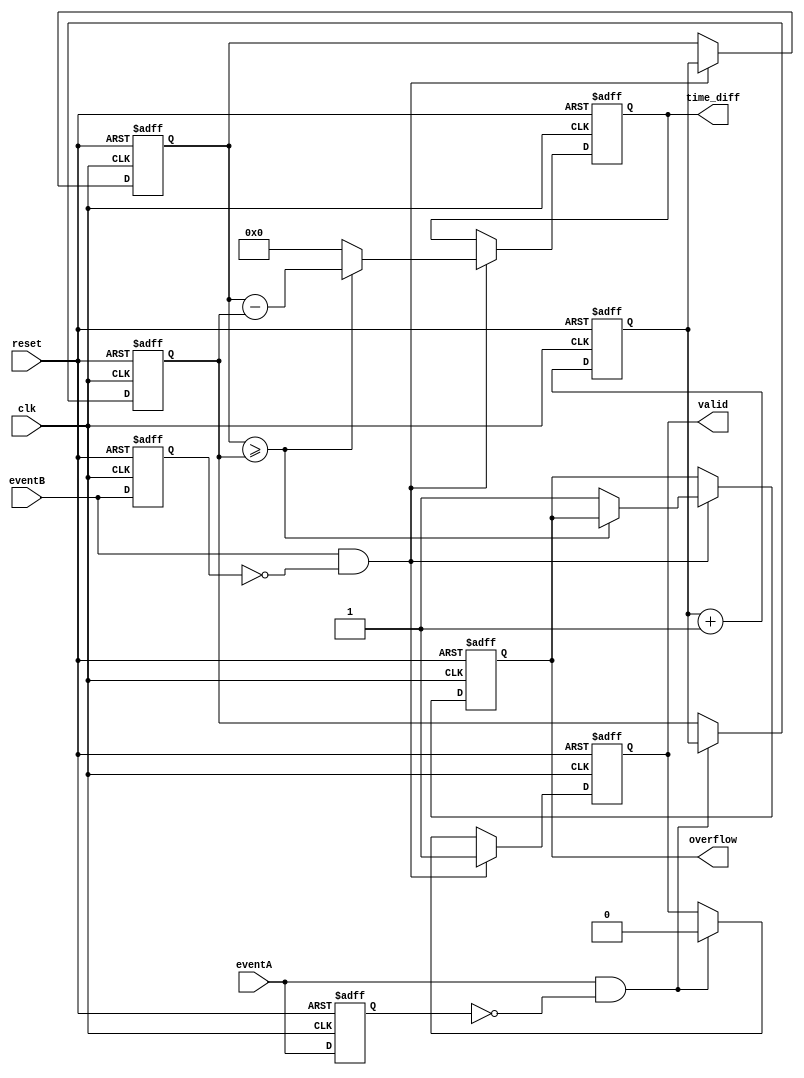
module TimeToDigitalConverter (
    input wire clk,            // Clock signal
    input wire reset,          // Reset signal
    input wire eventA,         // Event A input
    input wire eventB,         // Event B input
    output reg [31:0] time_diff,  // Time difference in clock cycles
    output reg valid,          // Valid measurement flag
    output reg overflow        // Overflow status flag
);

    reg [31:0] timestampA;     // Timestamp for event A
    reg [31:0] timestampB;     // Timestamp for event B
    reg [31:0] counter;         // Clock cycle counter
    reg eventA_prev;           // Previous state of event A
    reg eventB_prev;           // Previous state of event B

    // Reset and Counter logic
    always @(posedge clk or posedge reset) begin
        if (reset) begin
            counter <= 32'b0;
            timestampA <= 32'b0;
            timestampB <= 32'b0;
            time_diff <= 32'b0;
            valid <= 1'b0;
            overflow <= 1'b0;
            eventA_prev <= 1'b0;
            eventB_prev <= 1'b0;
        end else begin
            counter <= counter + 1;

            // Edge detection for event A
            if (eventA && !eventA_prev) begin
                timestampA <= counter;  // Record timestamp for event A
                valid <= 1'b0;          // Reset valid flag for new measurement
            end
            
            // Edge detection for event B
            if (eventB && !eventB_prev) begin
                timestampB <= counter;  // Record timestamp for event B
                
                // Calculate time difference
                if (timestampB >= timestampA) begin
                    time_diff <= timestampB - timestampA; // Positive difference
                end else begin
                    overflow <= 1'b1; // Overflow condition
                    time_diff <= 32'b0; // Set time_diff to zero on overflow
                end
                valid <= 1'b1; // Set valid flag after measurement
            end
            
            // Update previous event states
            eventA_prev <= eventA;
            eventB_prev <= eventB;
        end
    end

endmodule